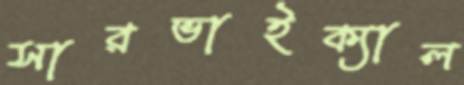
সারভাইক্যাল